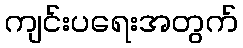
ကျင်းပရေးအတွက်